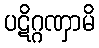
ပဋိဂ္ဂဏှာမိ